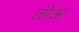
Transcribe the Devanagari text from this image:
तोअ